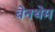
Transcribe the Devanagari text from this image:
बेनथेम